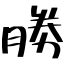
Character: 勝